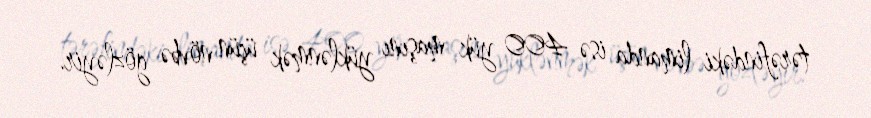
tərəfindəki limanda isə 400 yük maşını yüklənmək üçün növbə gözləyir.